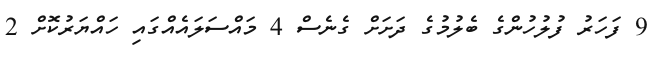
9 ފަހަރު ފުލުހުންގެ ބެލުމުގެ ދަށަށް ގެނެސް 4 މައްސަލައެއްގައި ހައްޔަރުކޮށް 2